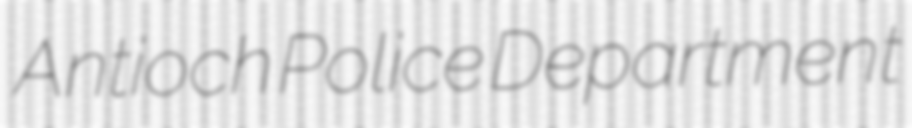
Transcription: Antioch Police Department